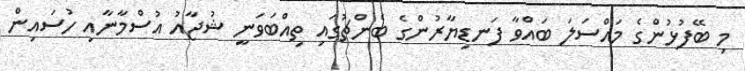
މި ބޭފުޅުންގެ މައްސަލަ ބައްވާ ފަނޑިޔާރުންގެ ބެންޗުގައި ތިއްބަވަނީ ޝުޖާއު އުސްމާނާއި ހުސައިން